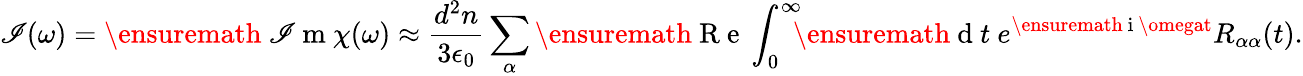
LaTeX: \mathscr{I}(\omega)=\ensuremath{{\mathrm{{~\mathscr{I}~m~}}}}\chi(\omega)\approx\frac{{d^{2}n}}{{3\epsilon_{0}}}\sum_{\alpha}\ensuremath{{\mathrm{{~R~e~}}}}\int_{0}^{\infty}\! \! \! \ensuremath{{\mathrm{{~d~}}}}t\ e^{\ensuremath{{\mathrm{{~i~}}}}\omegat}R_{\alpha\alpha}(t).